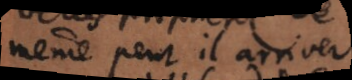
même peut il arriver